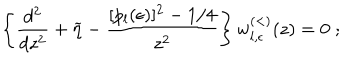
\left\{ \frac { d ^ { 2 } } { d z ^ { 2 } } + \widetilde { \eta } - \frac { [ p _ { l } ( \epsilon ) ] ^ { 2 } - 1 / 4 } { z ^ { 2 } } \right\} w _ { l , \epsilon } ^ { ( < ) } ( z ) = 0 \; ;